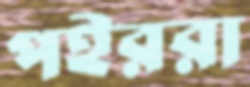
পইররা